画像に写った文字を読んでください
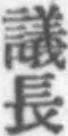
「議長」と書いてあります